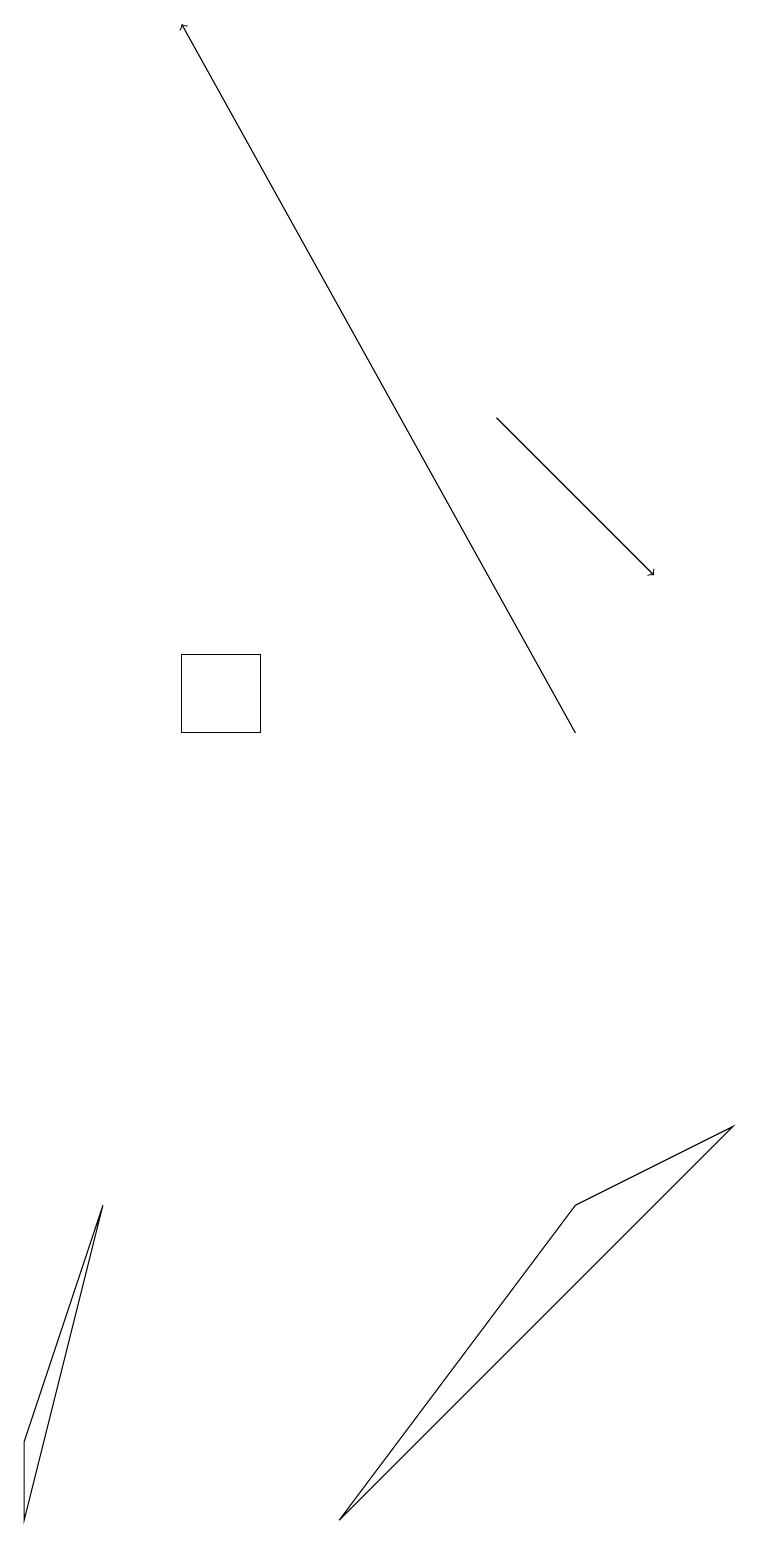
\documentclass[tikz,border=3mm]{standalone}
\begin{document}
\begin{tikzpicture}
\draw (0,1) -- (0,0) -- (1,4) -- cycle;
\draw (4,0) -- (9,5) -- (7,4) -- cycle;
\draw[->] (6,14) -- (8,12);
\draw (2,10) rectangle (3,11);
\draw[->] (7,10) -- (2,19);
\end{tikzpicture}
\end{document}